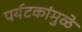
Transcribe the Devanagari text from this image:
पर्यटकांमुळे